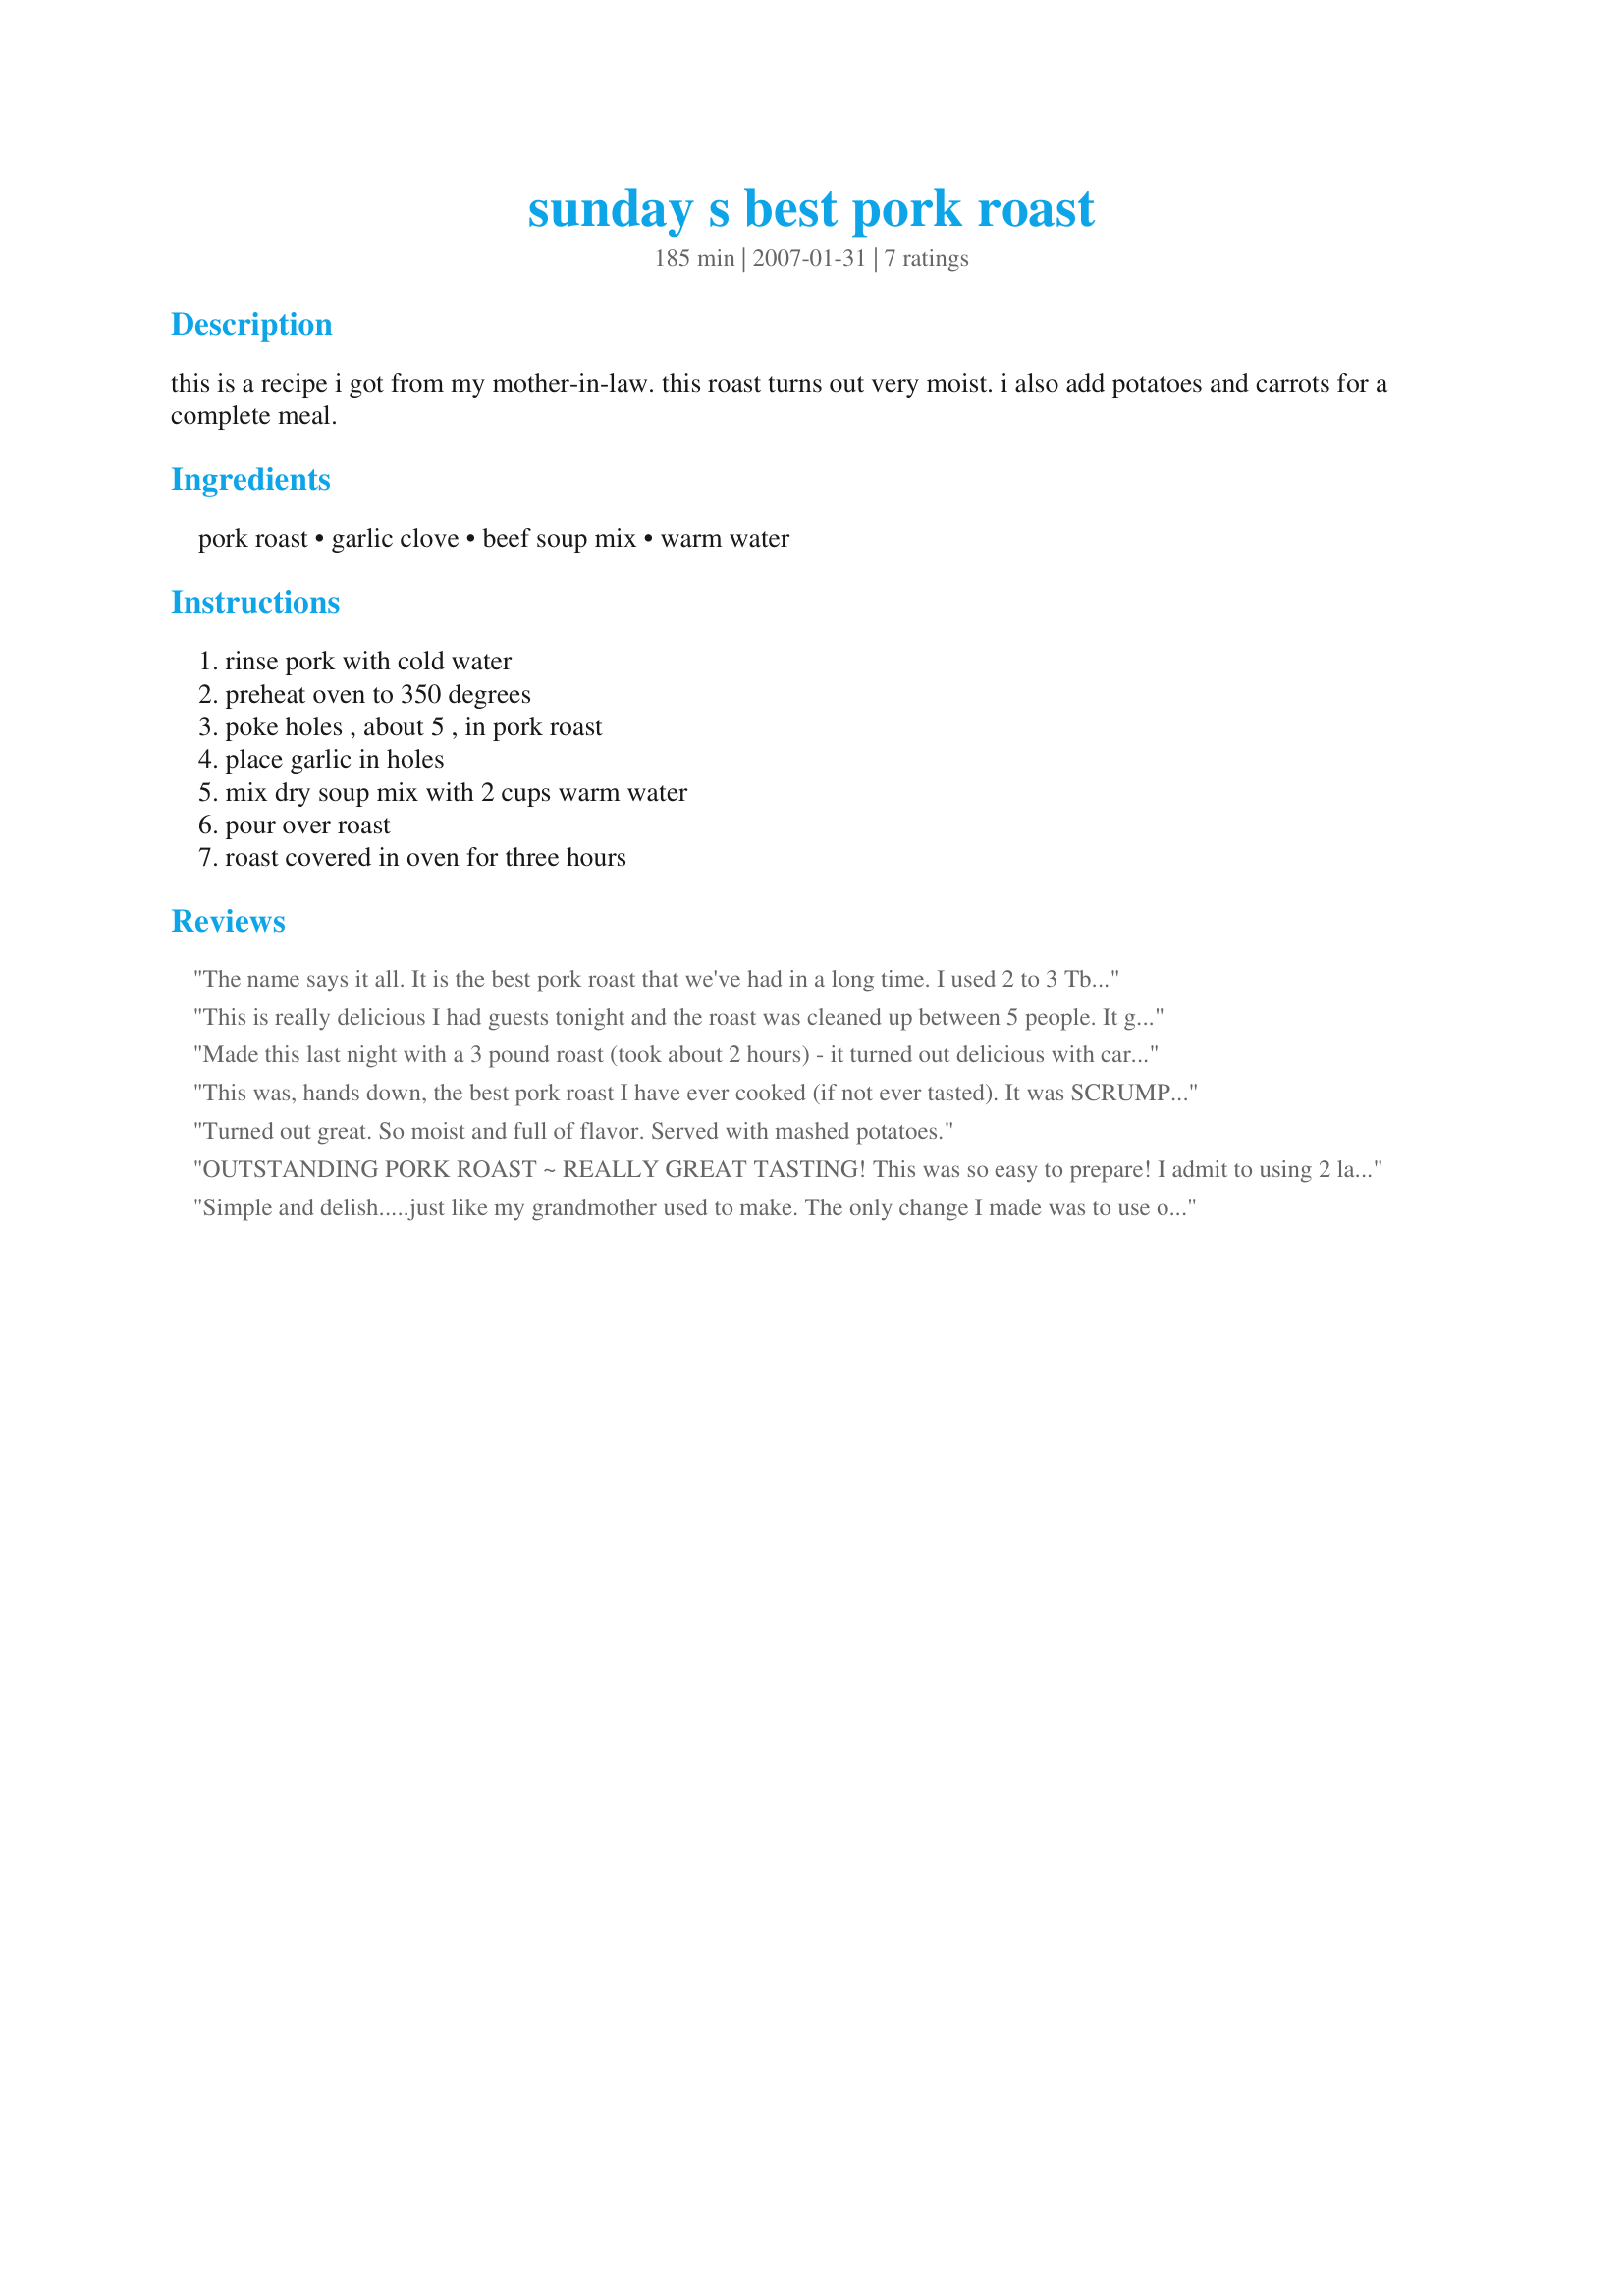
sunday s best pork roast
Preparation time: 185 minutes

this is a recipe i got from my mother-in-law. this roast turns out very moist. i also add potatoes and carrots for a complete meal.

Ingredients:
pork roast, garlic clove, beef soup mix, warm water

Steps:
rinse pork with cold water, preheat oven to 350 degrees, poke holes , about 5 , in pork roast, place garlic in holes, mix dry soup mix with 2 cups warm water, pour over roast, roast covered in oven for three hours

Reviews:
The name says it all. It is the best pork roast that we've had in a long time. I used 2 to 3 Tbs of recipe#24952 that I keep on hand and used minced garlic as this was what I had on hand at the time. I made small pockets on top of the roast and placed a little minced garlic and a dash of teriyaki sauce just to fill the hole. I did place freshly ground black pepper on top of the roast before adding the 2 cups of warm water mixed with onion soup mix. Served this with black eye peas and fried cabbage and Recipe#74856. Thanks for sharing this delicious roast. Its a keeper!
This is really delicious I had guests tonight and the roast was cleaned up between 5 people. It garlic is superb, I made the holes quite deep and pushed the garlic pieces well into the meat, everyone loved it. The juice was strained and then thickened with cornstarch , it made a perfect glossy gravy. I had planned to add the carrots and potato's as Lainey suggested but as this ended being for company I decided to do that another time for dh and I. The best part was that it wasn't dry but tender and moist. Thank you for offering this Lainey it was the perfect thing.
Made this last night with a 3 pound roast (took about 2 hours) - it turned out delicious with carrots, potatoes and fennel roasted along with it...
This was, hands down, the best pork roast I have ever cooked (if not ever tasted). It was SCRUMPTIOUS! I made as directed but added a quartered onion for extra flavor. Thanks for a great recipe! Made for PRMR Tag Game, 1/20/09 - NELady.
Turned out great. So moist and full of flavor. Served with mashed potatoes.
OUTSTANDING PORK ROAST ~ REALLY GREAT TASTING! This was so easy to prepare! I admit to using 2 large garlic cloves, but then we really love garlic ~ I'd much rather kiss garlic lips than cigarette lips! Thanks, much, for sharing the recipe! [Tagged, made & reviewed in the Gimme 5 Tag Game]
Simple and delish.....just like my grandmother used to make. The only change I made was to use onion soup mix instead of beef (since that is what grandma used). I made a gravy with with the juice - just added some water & flour.
